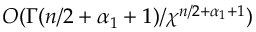
O ( \Gamma ( n / 2 + \alpha _ { 1 } + 1 ) / \chi ^ { n / 2 + \alpha _ { 1 } + 1 } )